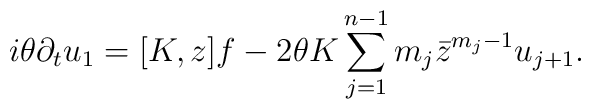
i\theta\partial_tu_1=[K,z]f-2\theta K\sum_{j=1}^{n-1}m_j\bar{z}^{m_j-1}u_{j+1}.